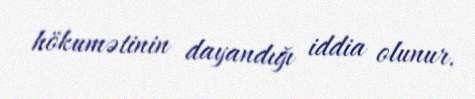
hökumətinin dayandığı iddia olunur.